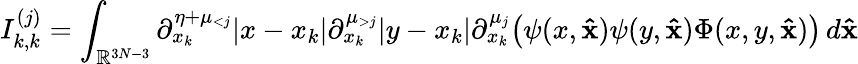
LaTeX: I_{k,k}^{(j)}=\int_{\mathbb{R}^{3N-3}}\partial_{x_{k}}^{\eta+\mu_{<j}}|x-x_{k}|\partial_{x_{k}}^{\mu_{>j}}|y-x_{k}|\partial_{x_{k}}^{\mu_{j}}\big(\psi(x,\mathbf{\hat{x}})\psi(y,\mathbf{\hat{x}})\Phi(x,y,\mathbf{\hat{x}})\big)\, d\mathbf{\hat{x}}